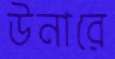
উনারে